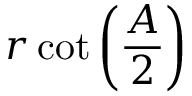
r \cot \left( { \frac { A } { 2 } } \right)